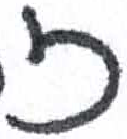
אות: ז